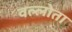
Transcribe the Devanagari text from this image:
वल्लोता